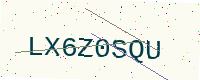
Text: LX6Z0SQU